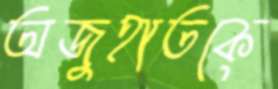
অজুহাতকে